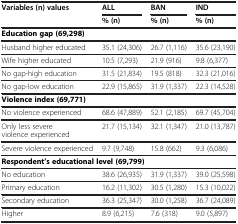
<table><thead><tr><td><b>Variables (n) values</b></td><td><b>ALL</b></td><td><b>BAN</b></td><td><b>IND</b></td></tr><tr><td><b> </b></td><td><b>% (n)</b></td><td><b>% (n)</b></td><td><b>% (n)</b></td></tr></thead><tbody><tr><td colspan="4"><b>Education gap (69,298)</b></td></tr><tr><td>Husband higher educated</td><td>35.1 (24,306)</td><td>26.7 (1,116)</td><td>35.6 (23,190)</td></tr><tr><td>Wife higher educated</td><td>10.5 (7,293)</td><td>21.9 (916)</td><td>9.8 (6,377)</td></tr><tr><td>No gap-high education</td><td>31.5 (21,834)</td><td>19.5 (818)</td><td>32.3 (21,016)</td></tr><tr><td>No gap-low education</td><td>22.9 (15,865)</td><td>31.9 (1,337)</td><td>22.3 (14,528)</td></tr><tr><td><b>Violence index (69,771)</b></td><td> </td><td> </td><td> </td></tr><tr><td>No violence experienced</td><td>68.6 (47,889)</td><td>52.1 (2,185)</td><td>69.7 (45,704)</td></tr><tr><td>Only less severe violence experienced</td><td>21.7 (15,134)</td><td>32.1 (1,347)</td><td>21.0 (13,787)</td></tr><tr><td>Severe violence experienced</td><td>9.7 (9,748)</td><td>15.8 (662)</td><td>9.3 (6,086)</td></tr><tr><td colspan="4"><b>Respondent’s educational level (69,799)</b></td></tr><tr><td>No education</td><td>38.6 (26,935)</td><td>31.9 (1,337)</td><td>39.0 (25,598)</td></tr><tr><td>Primary education</td><td>16.2 (11,302)</td><td>30.5 (1,280)</td><td>15.3 (10,022)</td></tr><tr><td>Secondary education</td><td>36.3 (25,347)</td><td>30.0 (1,258)</td><td>36.7 (24,089)</td></tr><tr><td>Higher</td><td>8.9 (6,215)</td><td>7.6 (318)</td><td>9.0 (5,897)</td></tr></tbody></table>